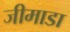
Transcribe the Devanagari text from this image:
जीमाडा